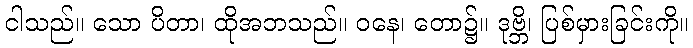
ငါသည်။ သော ပိတာ၊ ထိုအဘသည်။ ဝနေ၊ တော၌။ ဒုဗ္ဘိ၊ ပြစ်မှားခြင်းကို။